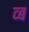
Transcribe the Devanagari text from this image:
व्ब